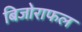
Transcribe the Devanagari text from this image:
बिजोराफल